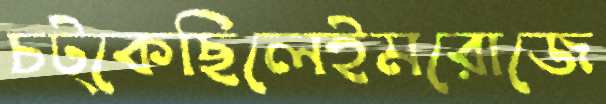
চট্‌কেছিলেইমরোজে